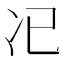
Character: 𠖰